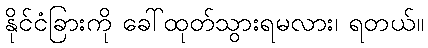
နိုင်ငံခြားကို ခေါ်ထုတ်သွားရမလား၊ ရတယ်။